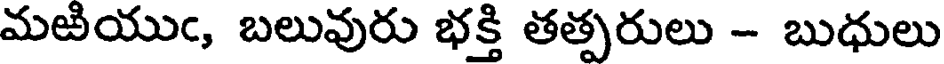
మఱియుఁ, బలువురు భక్తి తత్పరులు - బుధులు